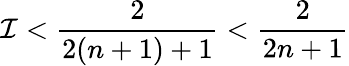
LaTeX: \mathcal{I}<\frac{2}{2(n+1)+1}<\frac{2}{2n+1}